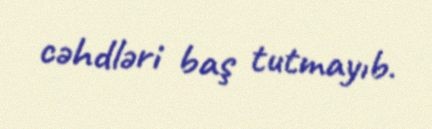
cəhdləri baş tutmayıb.